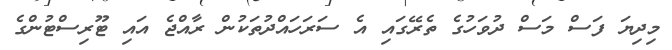
މިދިޔަ ފަސް މަސް ދުވަހުގެ ތެރޭގައި އެ ސަރަހައްދުތަކުން ރާއްޖެ އައި ޓޫރިސްޓުންގެ